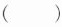
()